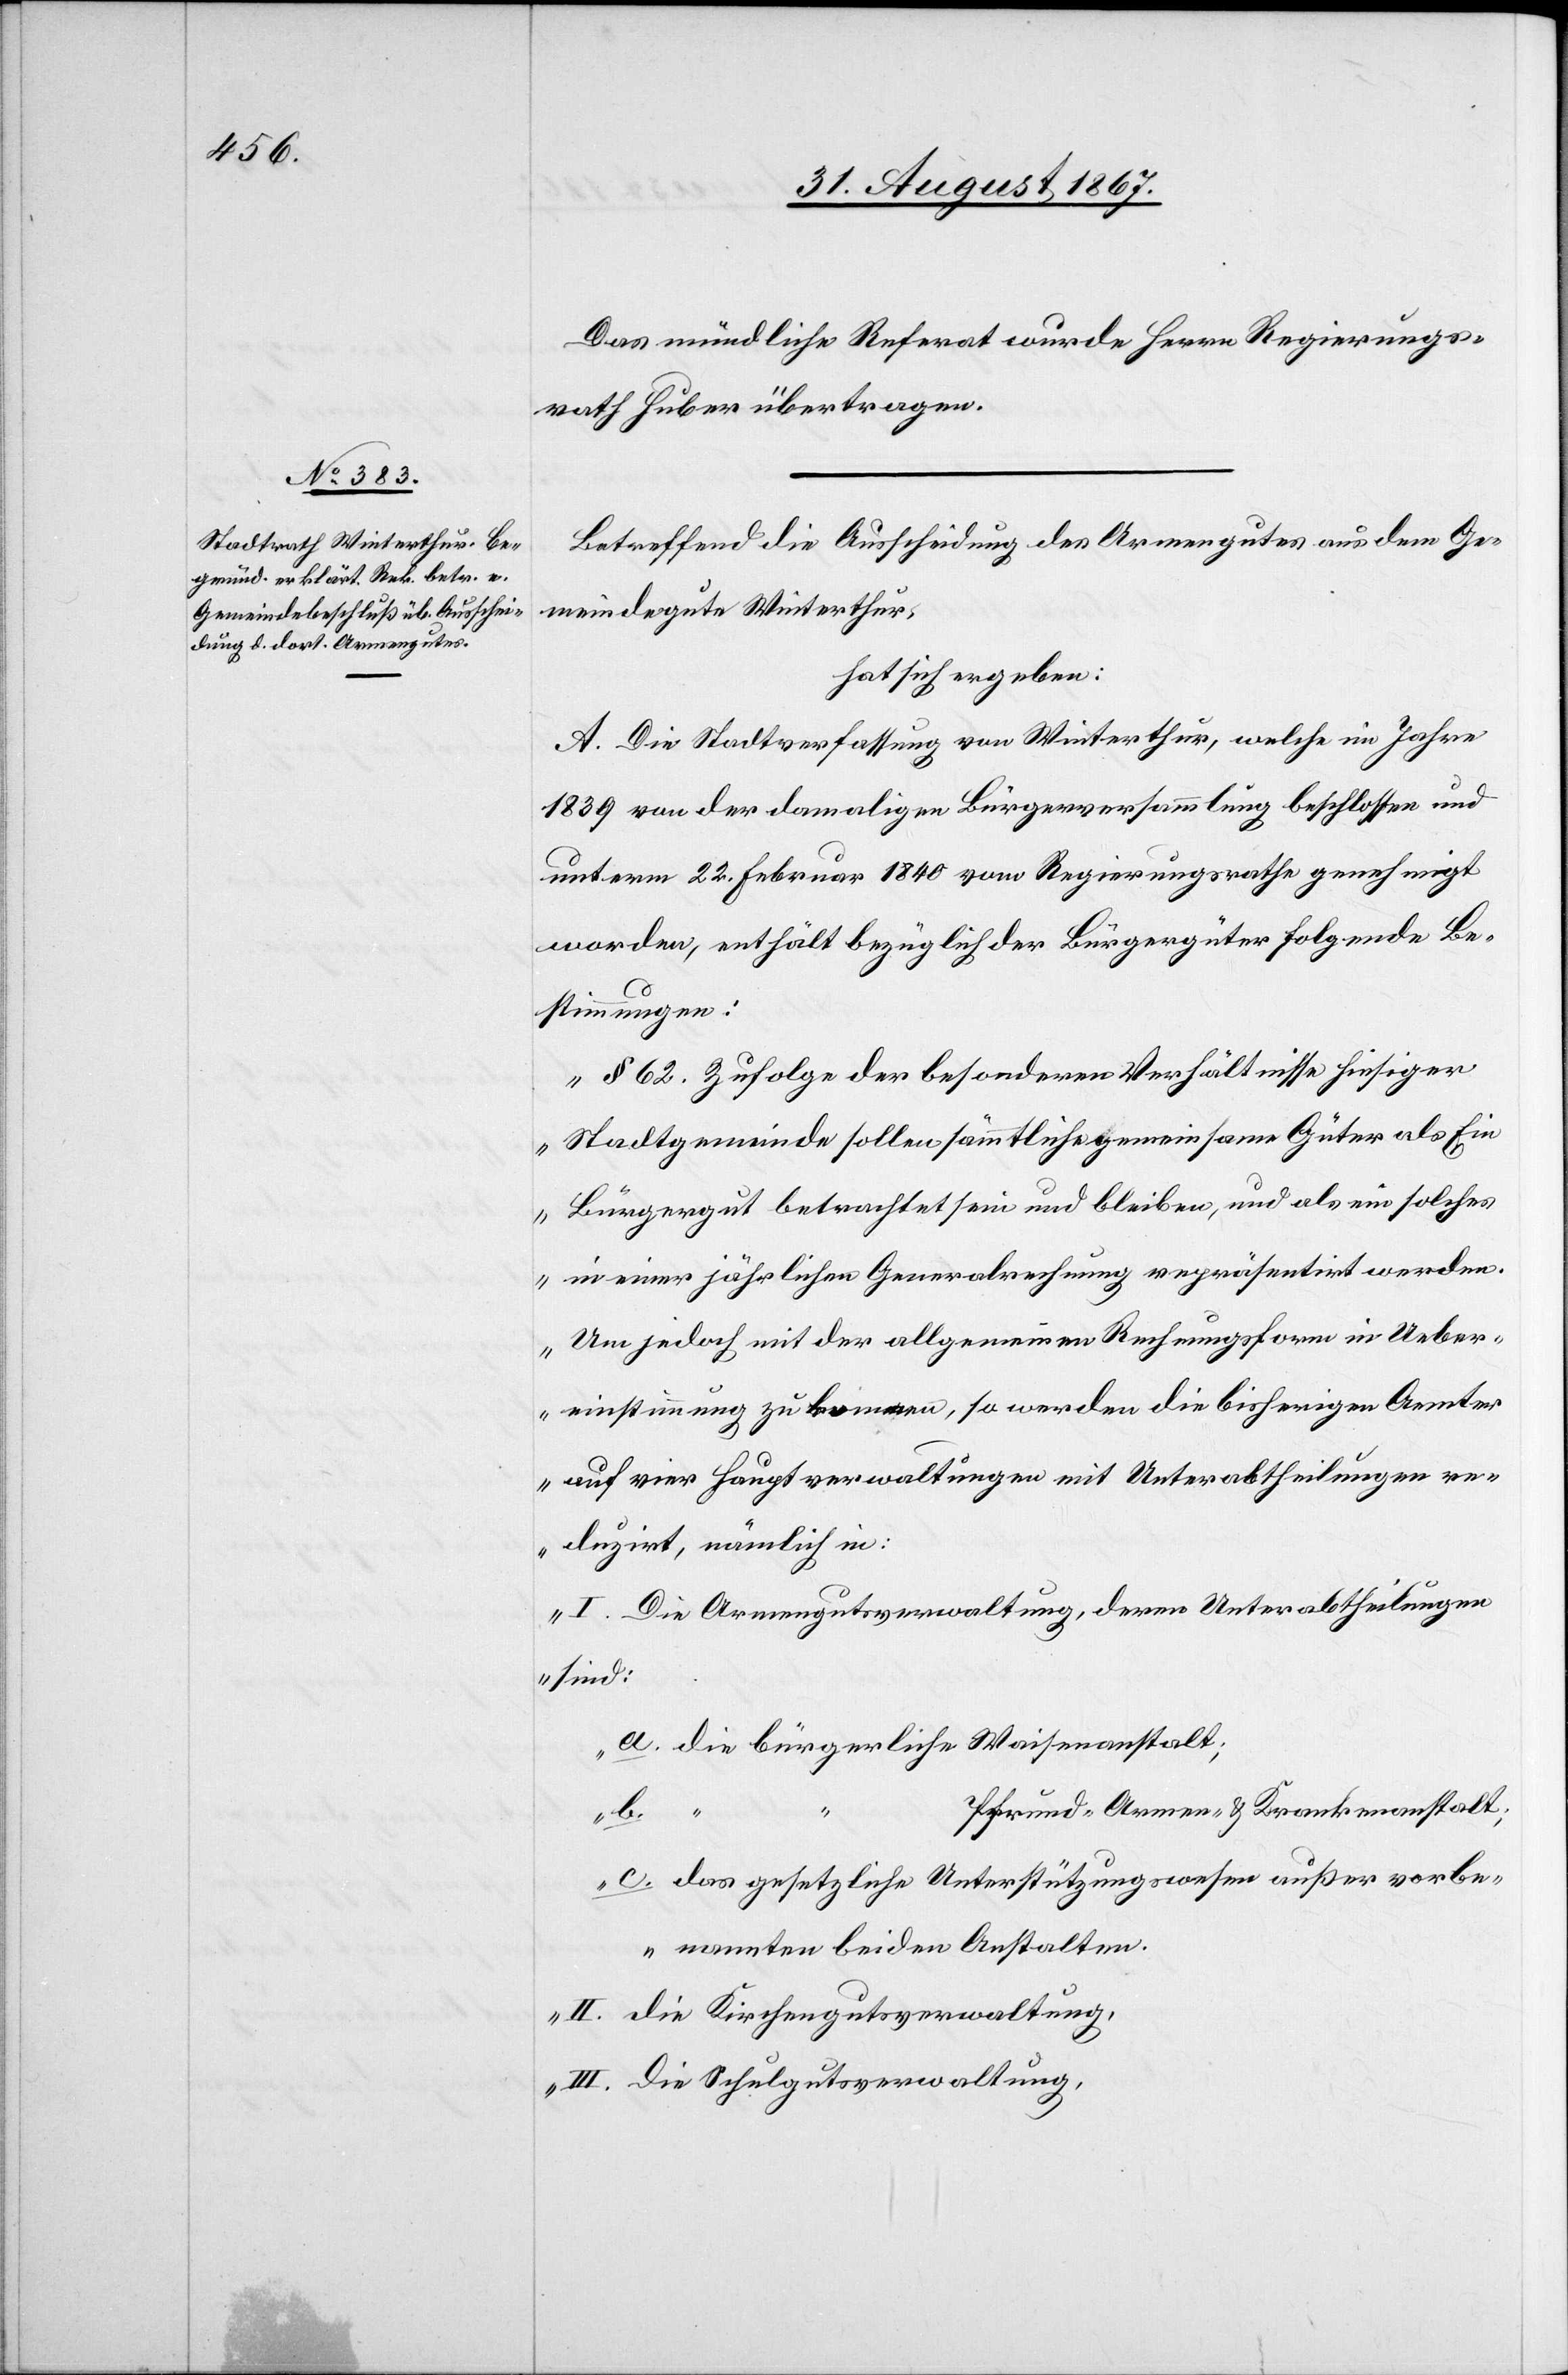
Das mündliche Referat wurde Herrn Regierungs¬
rath Huber übertragen.